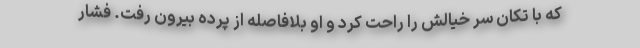
که با تکان سر خیالش را راحت کرد و او بلافاصله از پرده بیرون رفت. فشار